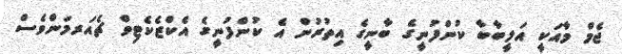
ޖެމް މާއަކީ އަލީބާބާ ކުންފުނީގެ ބާނީގެ އިތުރުން އެ ކުންފުނީގެ އެކްޒެކެޓިވް ޗެއަރމަންވެސް